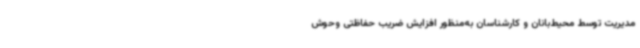
مدیریت توسط محیط‌بانان و کارشناسان به‌منظور افزایش ضریب حفاظتی وحوش